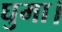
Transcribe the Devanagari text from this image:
घुमा।